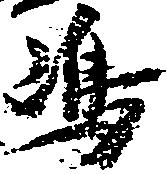
嶋